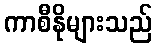
ကာစီနိုများသည်